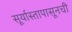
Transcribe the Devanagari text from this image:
सूर्यास्तापासूनची